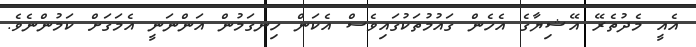
އެއީ މެދުތެރޭ އޭޝިޔާގެ އެހެން ގައުމުތަކުގައިވެސް އެކަން ހިނގަމުން އަންނަނީ އެމަގަށް ކަމުންނެވެ.